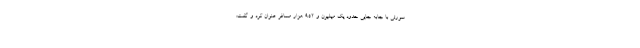
سورتی با جابه جایی حدود یک میلیون و ۹۵۲ هزار مسافر عنوان کرد و گفت: